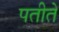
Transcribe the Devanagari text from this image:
पतीते